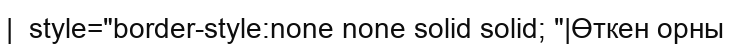
|  style="border-style:none none solid solid; "|Өткен орны